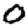
Digit: 0